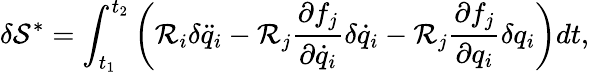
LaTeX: \delta\mathcal{S}^{*}=\int_{t_{1}}^{t_{2}}\left(\mathcal{R}_{i}\delta\ddot{q}_{i}-\mathcal{R}_{j}\frac{\partial f_{j}}{\partial\dot{q}_{i}}\delta{\dot{q}}_{i}-\mathcal{R}_{j}\frac{\partial f_{j}}{\partial q_{i}}\delta{q}_{i}\right)dt,